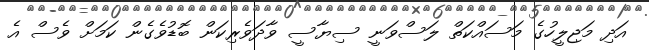
އަދި މަޖިލީހުގެ މަސައްކަތް ލަސްވަނީ ސިޔާސީ ވާދަވެރިކަން ބޮޑުވެގެން ކަމަށް ވެސް އެ